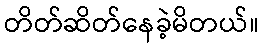
တိတ်ဆိတ်နေခဲ့မိတယ်။